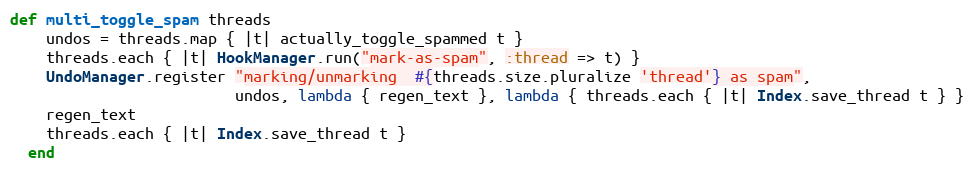
Language: Ruby
def multi_toggle_spam threads
    undos = threads.map { |t| actually_toggle_spammed t }
    threads.each { |t| HookManager.run("mark-as-spam", :thread => t) }
    UndoManager.register "marking/unmarking  #{threads.size.pluralize 'thread'} as spam",
                         undos, lambda { regen_text }, lambda { threads.each { |t| Index.save_thread t } }
    regen_text
    threads.each { |t| Index.save_thread t }
  end